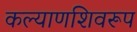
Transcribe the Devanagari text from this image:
कल्याणशिवरूप